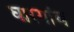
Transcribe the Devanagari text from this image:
घारगांव